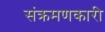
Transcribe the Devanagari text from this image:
संक्रमणकारी